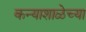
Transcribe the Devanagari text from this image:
कन्याशाळेच्या